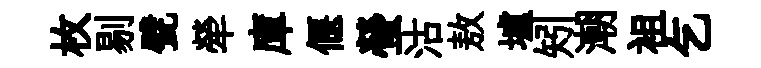
枚剔甓犖庫偃螢沽敖壚矧潮袓乞